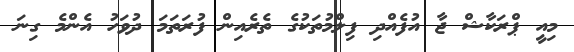
މިއީ ޕްރަކާޝް ޖާ އުފެއްދި ފިލްމުތަކުގެ ތެރެއިން ފުރަތަމަ ދުވަހު އެންމެ ގިނަ